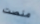
منصت